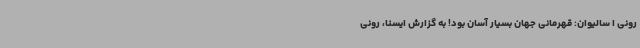
رونی ا سالیوان: قهرمانی جهان بسیار آسان بود! به گزارش ایسنا، رونی